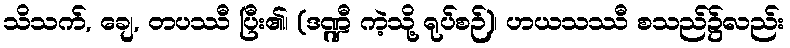
သိသက်, ချေ, တပဿီ ပြီး၏၊ (ဒဏ္ဍီ ကဲ့သို့ ရုပ်စဉ်)၊ ဟယသဿီ စသည်၌လည်း